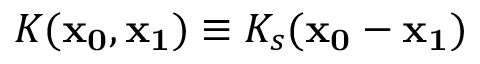
K ( \mathbf { x _ { 0 } } , \mathbf { x _ { 1 } } ) \equiv K _ { s } ( \mathbf { x _ { 0 } } - \mathbf { x _ { 1 } } )